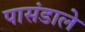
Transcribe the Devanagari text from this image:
पासंडाले